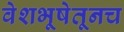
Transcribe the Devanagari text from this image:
वेशभूषेतूनच